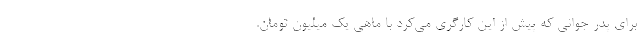
برای پدر جوانی که پیش از این کارگری می‌کرد با ماهی یک‌ میلیون تومان.